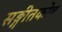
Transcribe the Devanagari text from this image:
सङ्गीतकोष